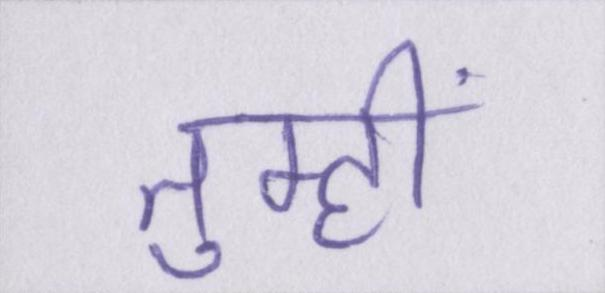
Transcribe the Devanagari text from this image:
तुम्हीं